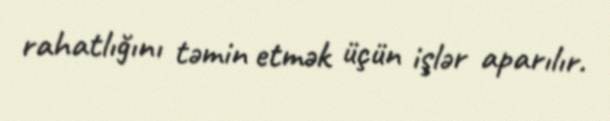
rahatlığını təmin etmək üçün işlər aparılır.